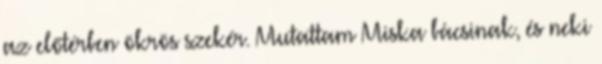
az előtérben ökrös szekér. Mutattam Miska bácsinak, és neki